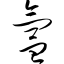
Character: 氲